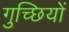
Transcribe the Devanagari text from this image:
गुच्छियों